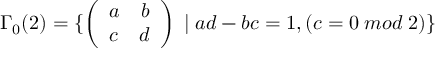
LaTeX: \Gamma _ { 0 } ( 2 ) = \{ \left( \begin{array} { l r } { { a } } & { { b } } \\ { { c } } & { { d } } \end{array} \right) \; | \; a d - b c = 1 , \left( c = 0 \; m o d \; 2 \right) \}